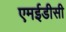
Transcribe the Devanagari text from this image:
एमईडीसी